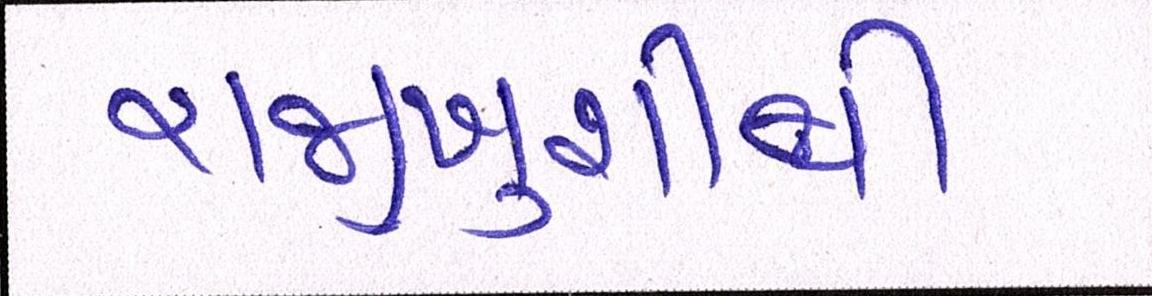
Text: રાજીખુશીથી